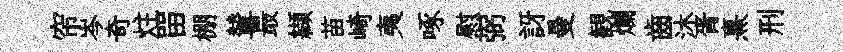
帘岑奇炷㽞棚輦最纈苗崎夷啄慰弼訝曼観爛齒沐胥熹刑